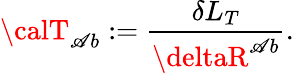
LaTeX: {\calT}_{\mathscr{A}b}:=\frac{{\delta{L}_{T}}}{{\deltaR^{\mathscr{A}b}}}.